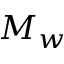
M _ { w }